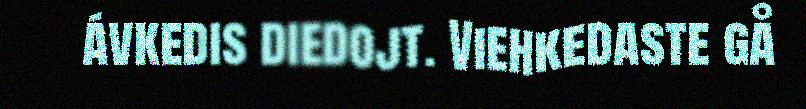
ávkedis diedojt. Viehkedaste gå